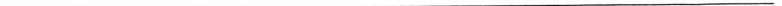
___